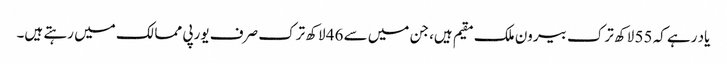
یاد رہے کہ 55 لاکھ ترک بیرون ملک مقیم ہیں، جن میں سے 46 لاکھ ترک صرف یورپی ممالک میں رہتے ہیں۔